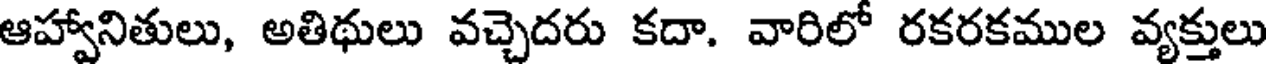
ఆహ్వానితులు, అతిథులు వచ్చెదరు కదా. వారిలో రకరకముల వ్యక్తులు